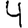
Digit: 4